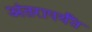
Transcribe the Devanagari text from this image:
अंतरापर्यँत